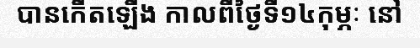
បានកើតឡើង កាលពីថ្ងៃទី១៤កុម្ភៈ នៅ